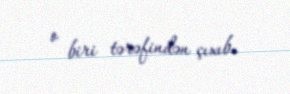
o biri tərəfindən çıxıb.